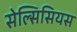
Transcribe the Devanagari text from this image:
सेल्सिसियस